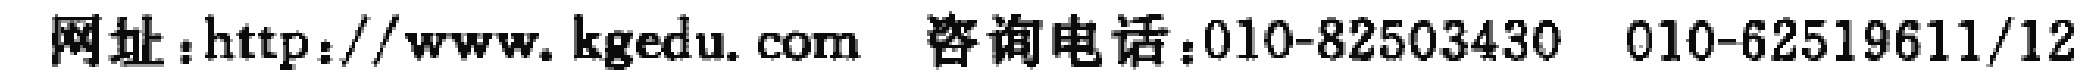
网址：http://www.kgedu.com  咨询电话：010-82503430  010-62519611/12